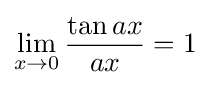
\lim _{x\to 0}{\frac {\tan ax}{ax}}=1